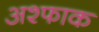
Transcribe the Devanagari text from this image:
अश्फाक